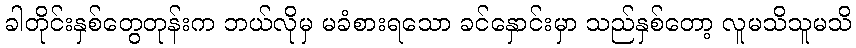
ခါတိုင်းနှစ်တွေတုန်းက ဘယ်လိုမှ မခံစားရသော ခင်နှောင်းမှာ သည်နှစ်တော့ လူမသိသူမသိ